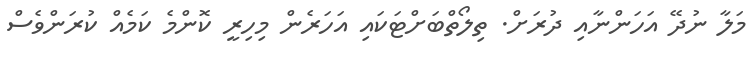
މަލާ ނުދޭ އަހަންނާއި ދުރަށް. ތިލޯތްބަށްޓަކައި އަހަރެން މިހިރީ ކޮންމެ ކަމެއް ކުރަންވެސް